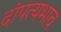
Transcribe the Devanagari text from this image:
दांपत्यभाव